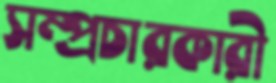
সম্প্রচারকারী